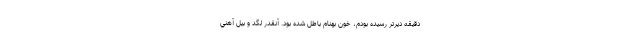
دقيقه ديرتر رسيده بودم، خون بهنام باطل شده بود. آنقدر لگد و بيل آهني